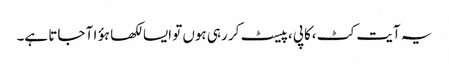
یہ آیت کٹ ،کاپی ،پیسٹ کر رہی ہوں تو ایسا لکھا ہؤا آ جاتا ہے۔